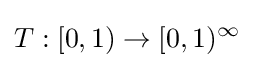
T:[0,1)\to [0,1)^{\infty }